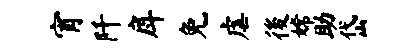
宵阡戽免虐後嫦助岱